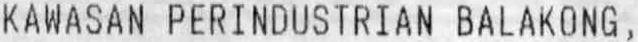
KAWASAN PERINDUSTRIAN BALAKONG ,